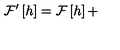
{ \cal F } ^ { \prime } \left[ h \right] = { \cal F } \left[ h \right] +